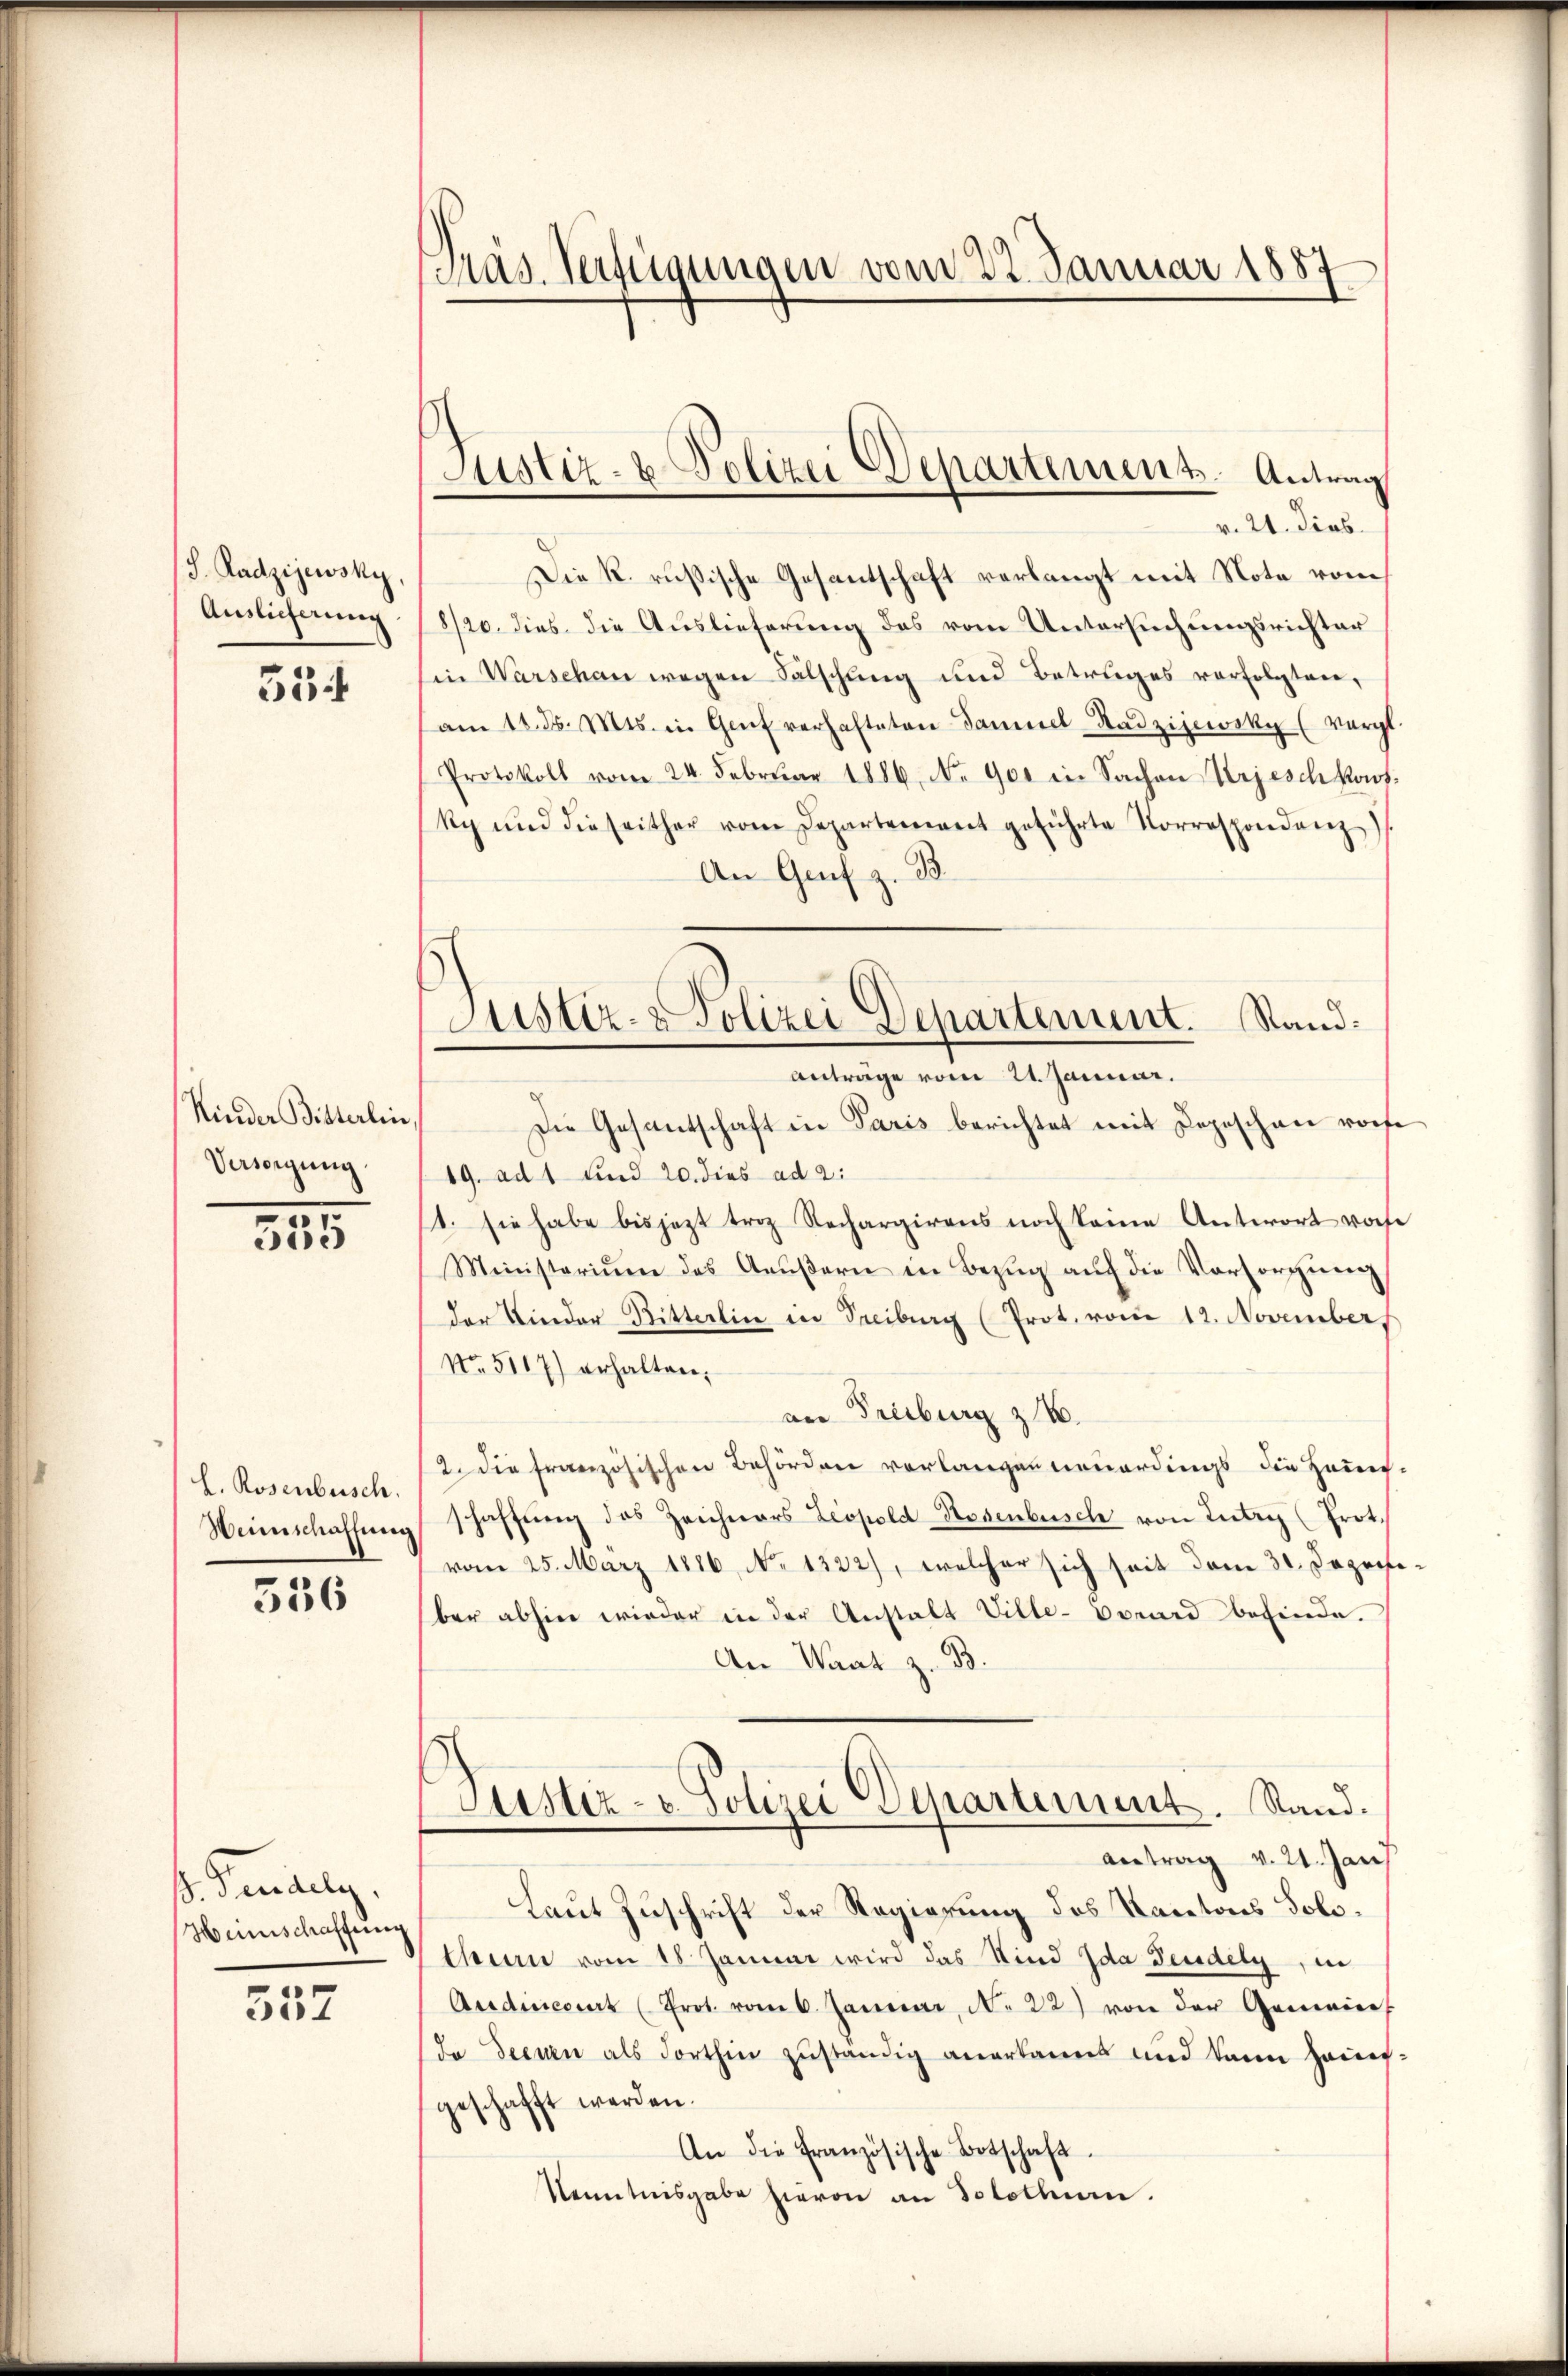
J. Radzijewsky.
Auslicherung

534

Kinder Bitterlin,
Versorgung

355

L. Rosenbusch.
Weinschaffung

336

s. Pendelg.
Heinschaffung

557

Mas. Verfügungen vom 22. Januar 1887

Justiz- & Polizei Departement. Antrag

Justiz- & Polizei Departement. Stand:
Anträge vom 24. Januar.

v. 21. Sieb
Die R. russische Gesantschaft verlangt mit Note vom
8/20. dies die Auslieferung des vom Untersuchungsrichter
in Warschan wegen Fälschung und Betruges verfolgten,
am 11. ds. Mts. in Genf verhafteten Samuel Stadzijewsky (vergl.
Protokoll vom 24. Febrŭar 1886. No. 901 in Sachen Kriesch kons
ky und dieseither vom Departement geführte Korrespondenz.
An Graf z. B.
Die Gesantschaft in Paris berichtet mit Depeschen woche
19. ad 1 und 20. dies ad 2:
1. sie habe bis jezt triz Nachargirens noch keine Antwort vorhe
Ministerium des Aŭβern in Bezŭg aŭf die Vorsorgŭng
der Kinder Bitterlin in Freiburg (Prot. vom 12. November.
No. 5117) erhalten,
an Freiburg z.
2. die französischen Behörden vorlangen neuerdings die Haus-
schaffŭng des Zeichners Leopold Rosenbusch von Inter (Prot.
vom 25. März 1886, No 1322), welcher sich seit dem 31. Deposiber abhin wieder in der Anstalt Ville-vonard befinde.
An Waat z. B.
Justiz- u. Polizei Departement. Stand.
Antrag v. 21. Jan
Laut Zuschrift der Regierung des Kantons Solothurn vom 18 Januar wird das Kind Ida Beidely, in
Audincerart (Prot. vom 6. Januar, N. 22) von der Gemeins
da Deinen als dorthin zuständig anerkannt und kann hauer-
geschafft werden.
An die Französische Botschaft.
Kenntnisgabe hievon an Solothurn.